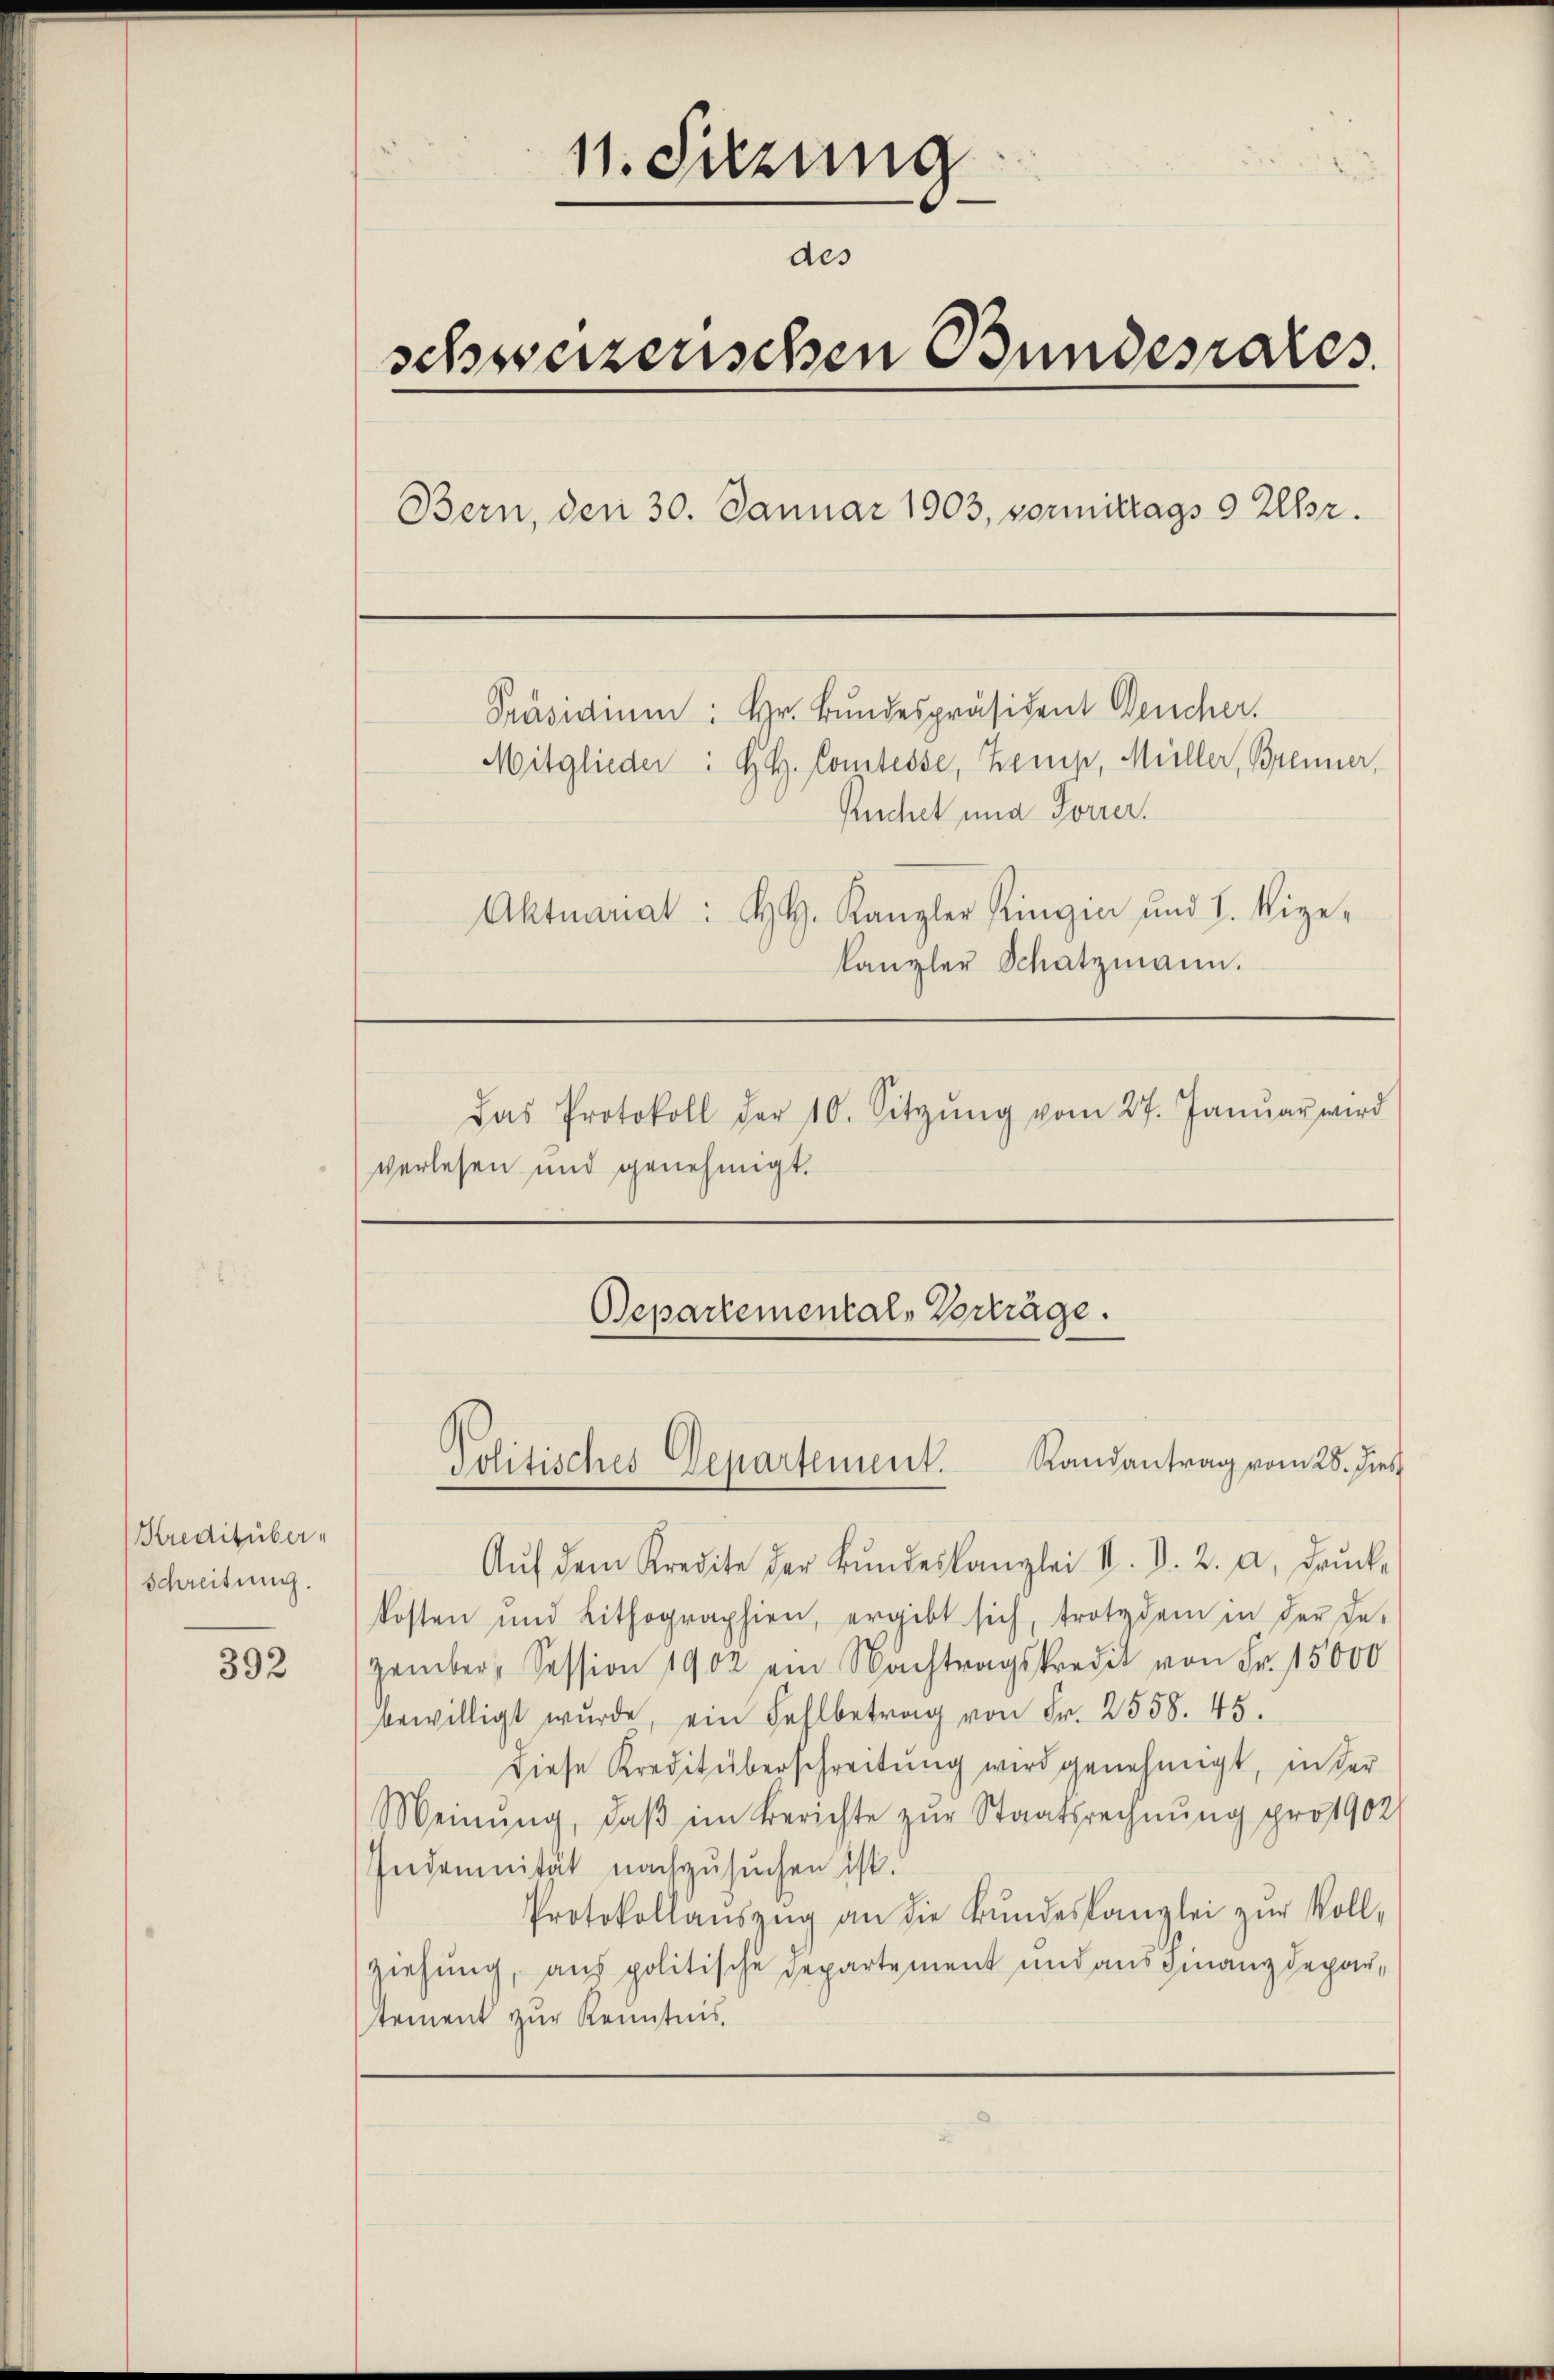
Kreditüber¬
Schreitung.

392

11. Setzung
des
schweizerischen Bundesrates.
Bern, den 30. Januar 1903, vormittags 9 Uhr.

Ruchet und Forrer.
Aktuariat: H. Kanzler Ringia und H. Vize-
kanzler Schatzmann.
Das Protokoll der 10. Sitzŭng vom 27. Janŭar wird
verlesen und genehmigt.

Departemental-Vorträge.
Politisches Departement. Randantrag vom 28. dies

Präsidium: Hr. Bundespräsident Deucher.
Mitglieder: H. H. Comtesse, Kemp, Müller, Brenner,

Aŭf dem Kredite der Bŭndeskanzlei M. D. 2. a. drŭcke
kosten und Lithographien, ergibt sich, trotzdem in der Be-
zember, Session 1902 am Nachtragskredit von Fr. 15000
bewilligt wurde, ein Fehlbetrag von Fr. 2558. 45.
diese Kredit überschreitung wird genehmigt, in der
Meinung, daβ im Berichte zur Staatsrechnung pro 1902
Indemnität nachzusuchen ist.
Protokollaŭszŭg an die Bundeskanzlei zur Voll-
ziehung, aus politische Departement und aus Finanzdeparstement zur Kenntnis.